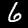
Label: 6